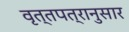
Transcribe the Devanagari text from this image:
वृत्तपत्रानुसार